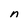
Character: n